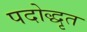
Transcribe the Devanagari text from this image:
पदोद्धृत